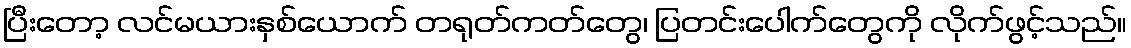
ပြီးတော့ လင်မယားနှစ်ယောက် တရုတ်ကတ်တွေ၊ ပြတင်းပေါက်တွေကို လိုက်ဖွင့်သည်။